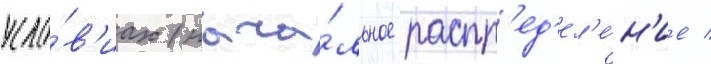
усло́в'иах (нача́льное распр'ед'ел'е́н'ие /